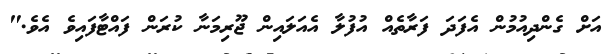
އަށް ގެންދިއުމުން އެފަދަ ފަރާތެއް އުފުލާ އެއަލައިން ޖޫރިމަނާ ކުރަން ފައްޓާފައިވެ އެވެ."